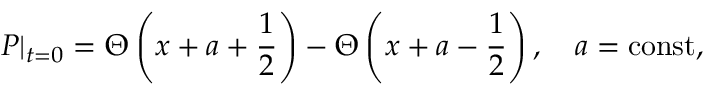
P | _ { t = 0 } = \Theta \left( x + a + \frac 1 2 \right) - \Theta \left( x + a - \frac 1 2 \right) , \quad a = \mathrm { c o n s t , }